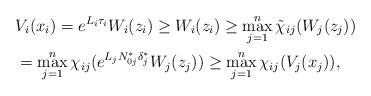
LaTeX: \begin{align*} &V_i(x_i) = e^{L_i \tau_i} W_i(z_i) \geq W_i(z_i) \geq \max_{j=1}^{n} \tilde\chi_{ij}(W_j(z_j)) \\ &= \max_{j=1}^{n} \chi_{ij}(e^{L_j N_{0j}^* \delta_j^*} W_j(z_j)) \geq \max_{j=1}^{n} \chi_{ij}(V_j(x_j)),\end{align*}